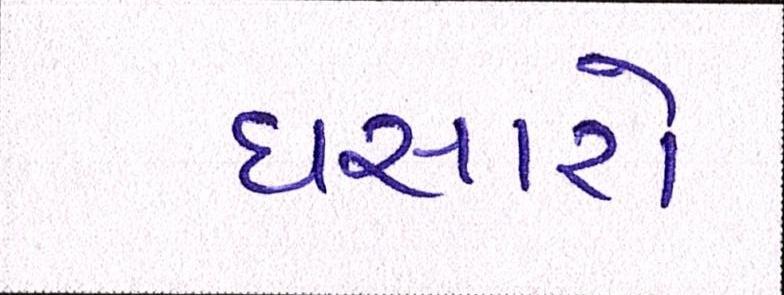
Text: ઘસારો